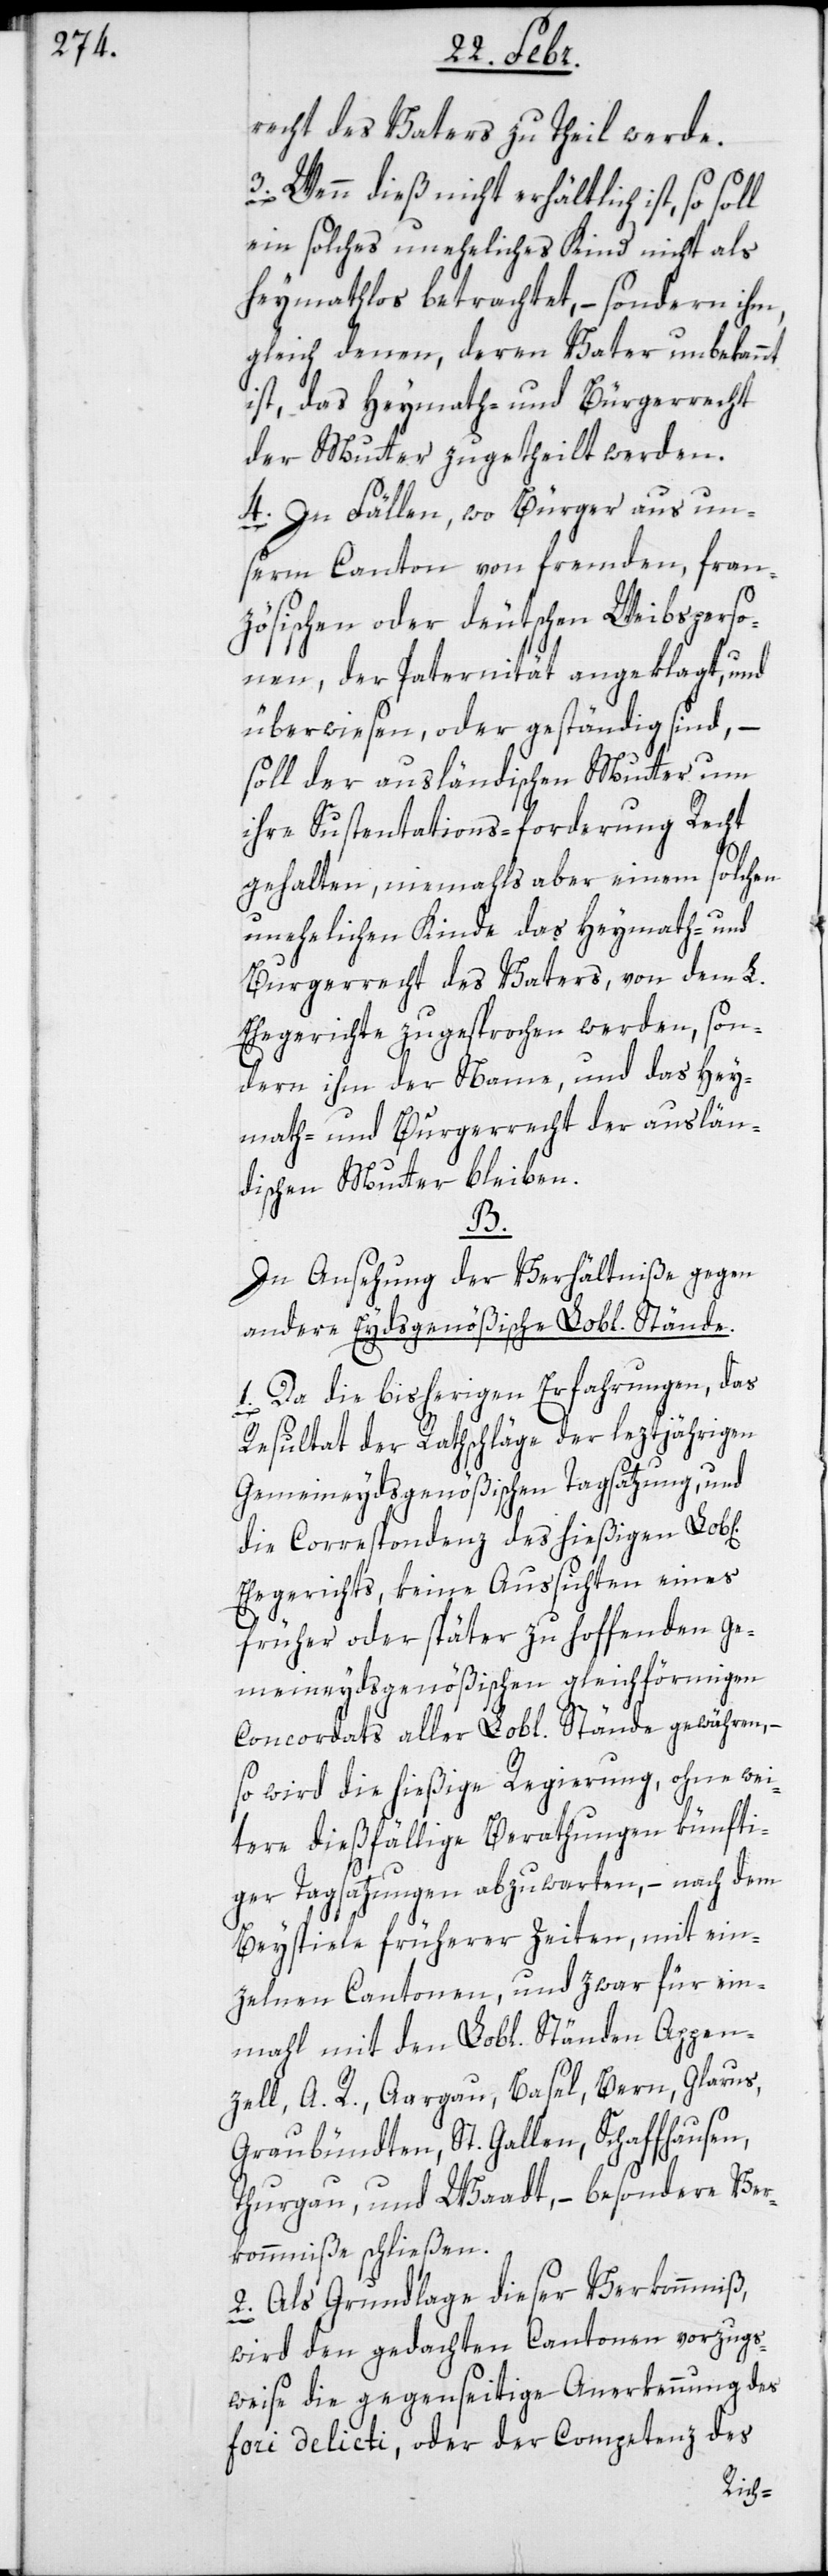
recht des Vaters zu Theil werde.
3. Wenn dies nicht erhältlich ist, so
ein solches uneheliches Kind nicht als
heymathlos betrachtet, – sondern ihm,
gleich denen, deren Vater unbekannt
ist, das Heymath- und Bürgerrecht
der Mutter zugetheilt werden.
4. In Fällen, wo Bürger aus un¬
serm Canton von fremden, fran¬
zösischen oder deutschen Weibsperso¬
nen, der Paternität angeklagt, und
überwiesen oder geständig sind, –
soll der ausländischen Mutter um
ihre Sustentations-forderung Recht
gehalten, niemahls aber einen solchen
unehelichen Kinde das Heymath- und
Burgerrecht des Vaters, von dem L.
Ehegerichte zugesprochen werden, son¬
dern ihm der Name, und das Hey¬
math- und Burgerrecht der auslän¬
dischen Mutter bleiben.
B.
In Ansehung der Verhältniße gegen
andere Eydsgenößische Lobl. Stände.
1. Da die bisherigen Erfahrungen, das
Resultat der Rathschläge der leztjährigen
Gemeineydsgenößischen Tagsatzung, und
die Correspondenz des hießigen Lob[l¬
Ehegerichts, keine Aussichten eines
früher oder später zu hoffenden Ge¬
meineydsgenößischen gleichförmigen
Concordats aller Lobl. Stände gewähren, –
so wird die hießige Regierung, ohne wei¬
tere dießfällige Berathung künfti¬
ger Tagsatzungen abzuwarten, – nach dem
Beyspiele früherer Zeiten, mit ein¬
zelnen Cantonen, und zwar für ein¬
mahl mit den Lobl. Ständen Appen¬
zell, A. R., Aargau, Basel, Bern, Glarus,
n]
Graubündten, St. Gallen, Schaffhausen,
Thurgau und Waadt, – besondere Ver¬
kommniße schließen.
2. Als Grundlage dieser Verkommniß,
wird den gedachten Cantonen vorzugs¬
weise die gegenseitige Anerkennung des
fori delicti, oder der Competenz des
iche¬